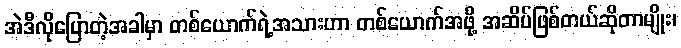
အဲဒီလိုပြောတဲ့အခါမှာ တစ်ယောက်ရဲ့အသားဟာ တစ်ယောက်အဖို့ အဆိပ်ဖြစ်တယ်ဆိုတာမျိုး၊